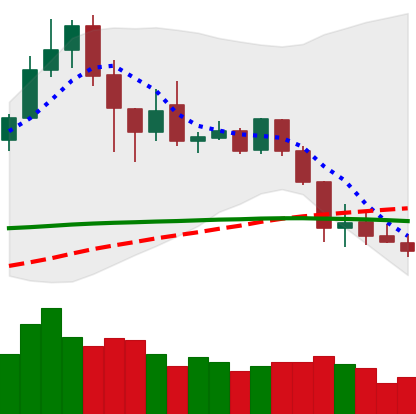
Ticker: XLM-USD
Chart end date: 2020-03-01
Forward return: 8.762%
Label: up_7plus